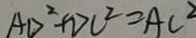
A D ^ { 2 } + D C ^ { 2 } = A C ^ { 2 }